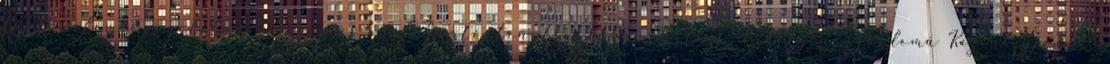
történelemre, nyelvtudományra és irodalomtörténetre; Orbán Balázs „Erdély nagyérdemű Kazinczyjának”